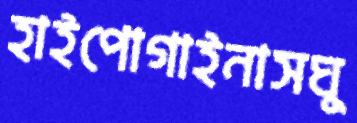
হাইপোগাইনাসঘু